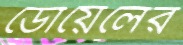
ডোয়েলের